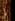
لم